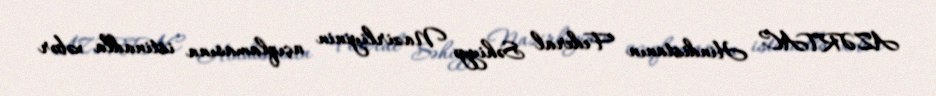
AZƏRTAC Hindistanın Federal Səhiyyə Nazirliyinin açıqlamasına istinadla xəbər